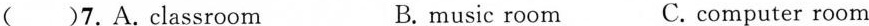
( )7.A.Classroom B. music room C. computer room